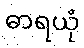
ဓာရယုံ